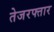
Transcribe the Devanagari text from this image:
तेजरफ्तार